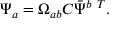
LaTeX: \Psi _ { a } = \Omega _ { a b } { \cal C } \bar { \Psi } ^ { b \ T } .